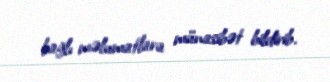
bağlı məlumatlara münasibət bildirib.